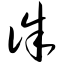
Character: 诛